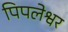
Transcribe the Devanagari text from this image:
पिपलेश्वर